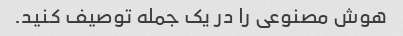
هوش مصنوعی را در یک جمله توصیف کنید.